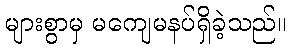
များစွာမှ မကျေမနပ်ရှိခဲ့သည်။